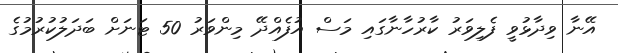
އޭނާ ވިދާޅުވީ ފެލިވަރު ކާރުހާނާގައި މަސް އުފެއްދޭ މިންވަރު 50 ޓަނަށް ބަދަލުކުރުމުގެ